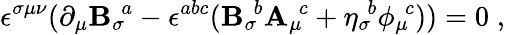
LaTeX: \epsilon^{\sigma\mu\nu}(\partial_{\mu}{\mathbf{B}_{\sigma}}\! ^{a}-\epsilon^{abc}({\mathbf{B}_{\sigma}}\! ^{b}{\mathbf{A}_{\mu}}\! ^{c}+{\eta_{\sigma}}\! ^{b}{\phi_{\mu}}\! ^{c}))=0\; ,